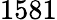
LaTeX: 1581